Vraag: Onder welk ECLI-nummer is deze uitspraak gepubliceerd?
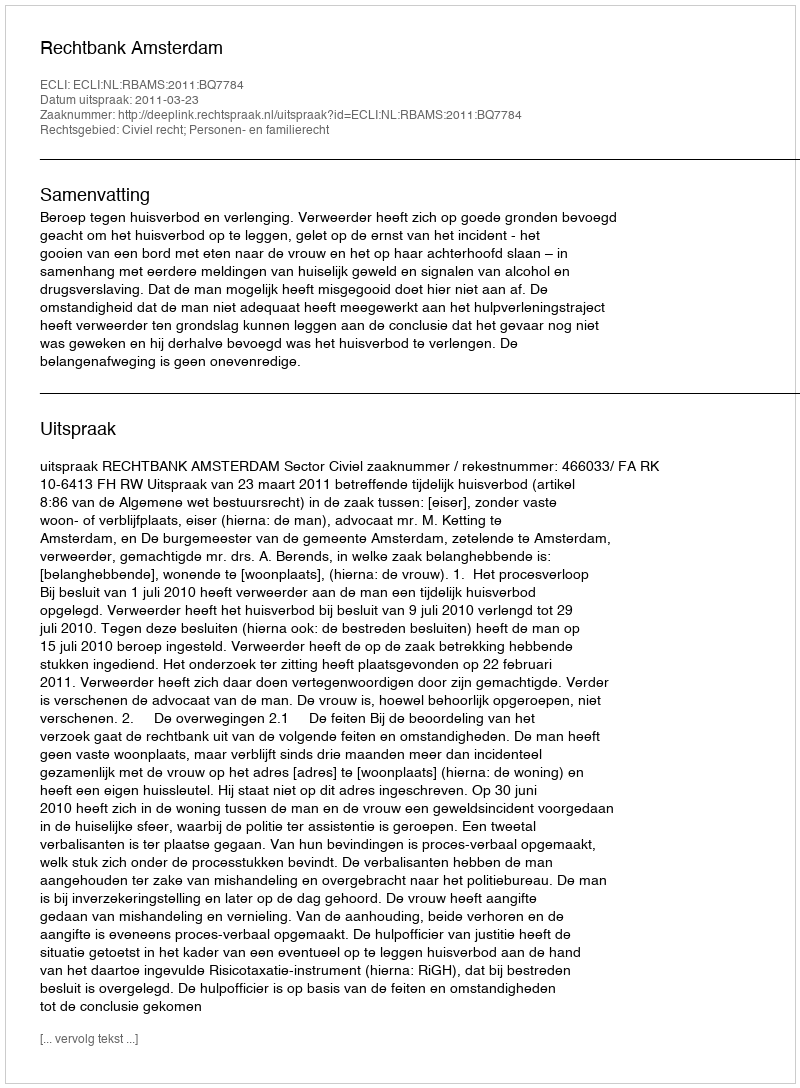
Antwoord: ECLI:NL:RBAMS:2011:BQ7784